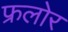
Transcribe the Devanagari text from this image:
फ्रलोर